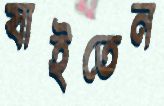
যাইতেন